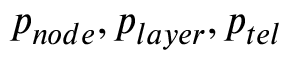
p _ { n o d e } , p _ { l a y e r } , p _ { t e l }